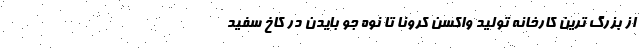
از بزرگ ترین کارخانه تولید واکسن کرونا تا نوه جو بایدن در کاخ سفید